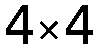
4×4